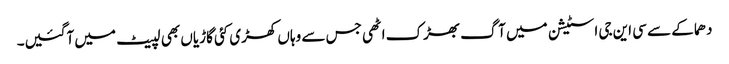
دھماکے سے سی این جی اسٹیشن میں آگ بھڑک اٹھی جس سے وہاں کھڑی کئی گاڑیاں بھی لپیٹ میں آگئیں۔